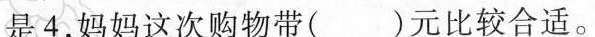
是4，妈妈这次购物带()元比较合适。